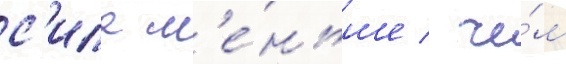
с'ила м'е́ньше / че́м